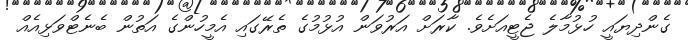
ގެންދިޔައީ ހުޅުމާލެ ޖެޓީއަށެވެ. ކާރަށް އަރުވަން އުޅުމުގެ ތެރޭގައި އެމީހުންގެ އަތުން ބެނެޓްވަޅިއެއް